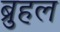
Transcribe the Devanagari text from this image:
ब्रुहल